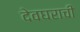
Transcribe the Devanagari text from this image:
देवघराची